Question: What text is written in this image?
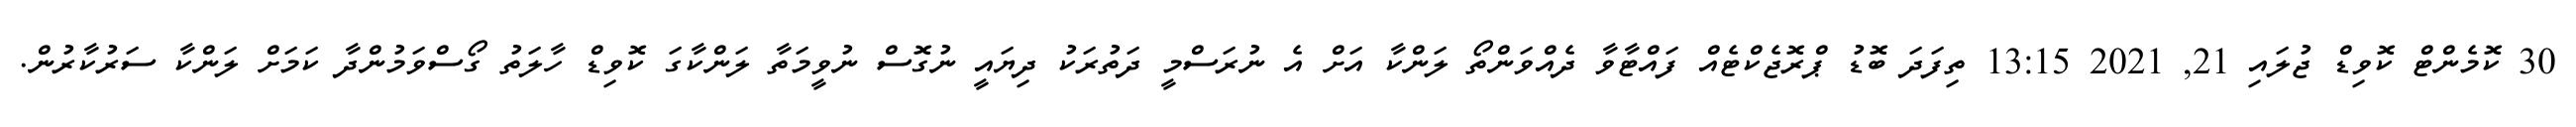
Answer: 30 ކޮމެންޓް ކޮވިޑް ޖުލައި 21, 2021 13:15 ތިފަދަ ބޮޑު ޕްރޮޖެކްޓެއް ފައްޓާވާ ދެއްވަންތޯ ލަންކާ އަށް އެ ނުރަސްމީ ދަތުރަކު ދިޔައީ ނުގޮސް ނުވީމަތާ ލަންކާގަ ކޮވިޑް ހާލަތު ގޯސްވަމުންދާ ކަމަށް ލަންކާ ސަރުކާރުން.